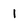
Character: 1